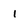
Character: 1